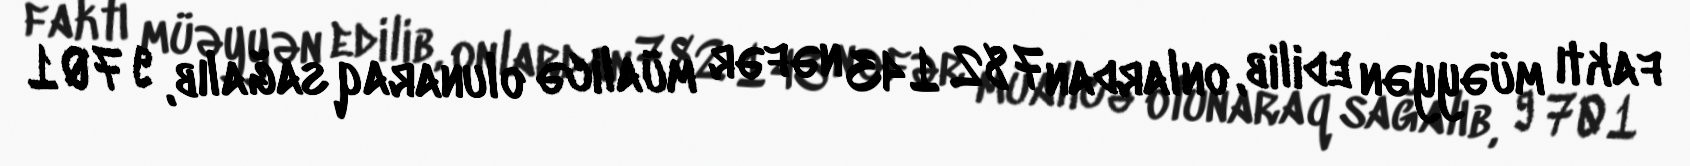
faktı müəyyən edilib, onlardan 782 143 nəfər müalicə olunaraq sağalıb, 9 701